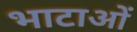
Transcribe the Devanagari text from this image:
भाटाओं